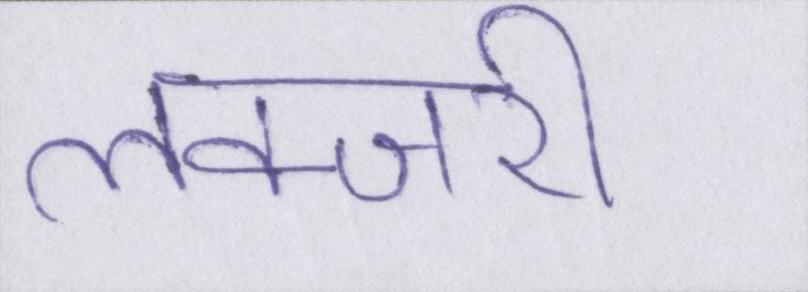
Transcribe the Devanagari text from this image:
लक्जरी